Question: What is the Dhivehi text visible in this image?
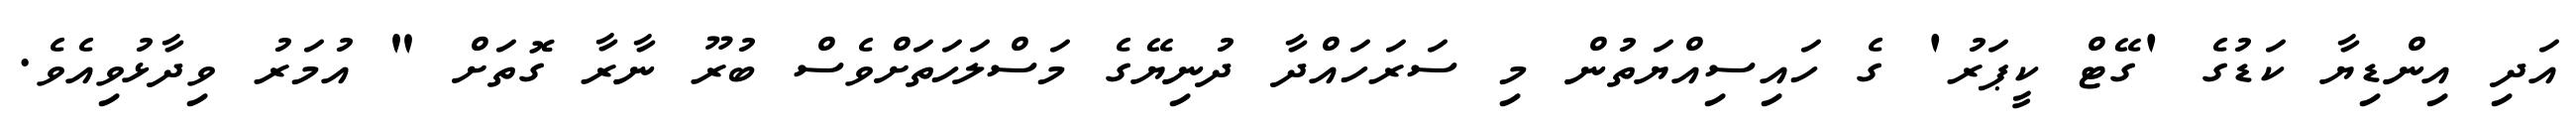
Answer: އަދި އިންޑިޔާ ކަޑުގެ 'ގޭޓް ކީޕަރު' ގެ ހައިސިއްޔަތުން މި ސަރަހައްދާ ދުނިޔޭގެ މަސްލަހަތަށްވެސް ބުރޫ ނާރާ ގޮތަށް " އުމަރު ވިދާޅުވިއެވެ.